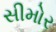
સીમોર